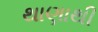
થાણાથી